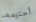
أحترمه